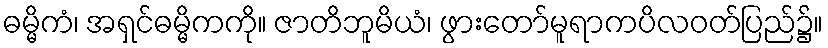
ဓမ္မိကံ၊ အရှင်ဓမ္မိကကို။ ဇာတိဘူမိယံ၊ ဖွားတော်မူရာကပိလဝတ်ပြည်၌။